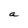
Character: a